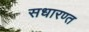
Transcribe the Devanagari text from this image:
सधारण्त